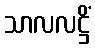
သာလလဋ္ဌိံ